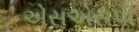
એસએસપી